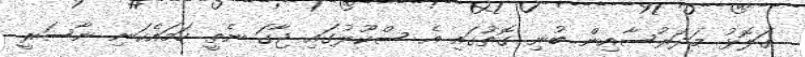
ގަލޮޅު މަދަރުސާއިން ބުނި ގޮތުގައި އެ ސްކޫލުގައި ޖާގަ ނެތީ ހަމައެކަނި ނާސަރީ